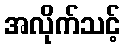
အလိုက်သင့်